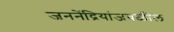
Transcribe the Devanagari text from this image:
जननेंद्रियांजवळील